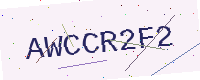
Text: AWCCR2F2